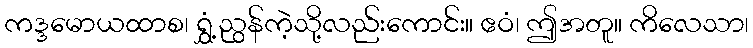
ကဒ္ဒမောယထာစ၊ ရွှံ့ညွန်ကဲ့သို့လည်းကောင်း။ ဧဝံ၊ ဤအတူ။ ကိလေသာ၊